Enquiry on enteric fever in India - Number 32
Disease focus: Fever
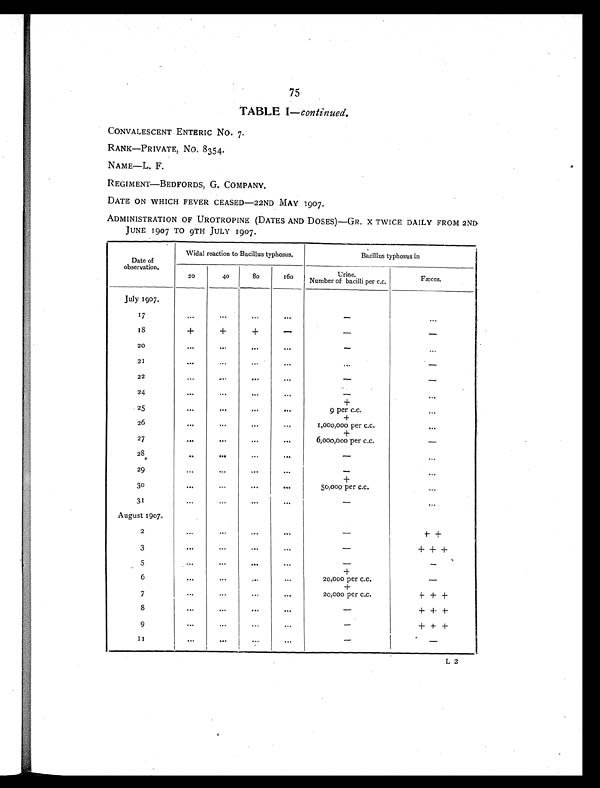
75
TABLE I — continued.
CONVALESCENT ENTERIC NO. 7.
RANK—PRIVATE, NO. 8354.
NAME—L. F.
REGIMENT—BEDFORDS, G. COMPANY.
DATE ON WHICH FEVER CEASED—22ND MAY 1907.
ADMINISTRATION OF UROTROPINE (DATES AND DOSES)—GR. X TWICE DAILY FROM 2ND
JUNE 1907 TO 9TH JULY 1907.
Date of
observation.
Widal reaction to Bacillus typhosus.
Bacillus typhosus in
20
40
80
160
Urine.
Number of bacilli per c.c.
Fæces.
July 1907.
17
. . .
. . .
. . .
. . .
-
...
18
+
+
+
-
-
-
20
... ...
...
...
- ...
21
...
...
...
... ...
-
2 2
...
...
... ...
-
-
24
... ... ... ...
-
...
+
2 5
...
...
...
...
9 per c.c.
...
+
26
...
...
...
...
1,000,000 per c.c.
...
+
27
...
...
... ...
6,000,000 per c.c.
-
28
... ... ... ...
-
...
2 9
... ... ... ...
-
...
+
30
... ... ... ...
50,000 per c.c.
...
31
. . .
...
...
. . .
-
...
August 1907.
2
...
...
... ...
-
+
+
3
...
...
...
...
- + + +
5
...
...
...
...
- -
+
6
...
...
...
...
20,000 per c.c.
-
+
7
...
...
...
...
20,000 per c.c.
+ + +
8
... ... ...
...
- + + +
9
... ... ...
...
- + + +
11
... ... ...
...
-
-
L 2